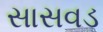
સાસવડ